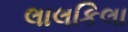
લાલકિલા